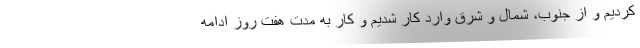
کردیم و از جنوب، شمال و شرق وارد کار شدیم و کار به مدت هفت روز ادامه